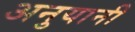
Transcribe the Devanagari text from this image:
अनुयानी